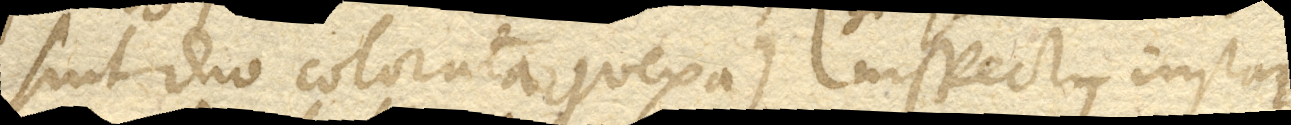
sint duo colorata convexa) inspectus instar